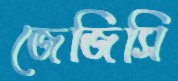
জেজিসি